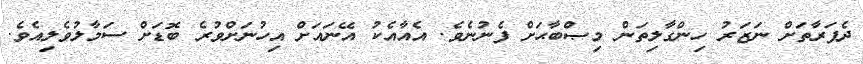
ދެފަރާތަށް ނަޒަރު ހިންގާލިތަން މިޞްބާޙަށް ފެނުނެވެ. އެއާއެކު އޭނައަށް އިހުނަށްވުރެ ބޮޑަށް ސަމާލުވެލިއެވެ.